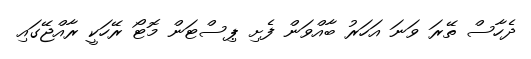
ދެހާސް ތޭރަ ވަނަ އަހަރު ބާއްވަން ފެށި ޕިސްޓަން މޮޓޯ ރޭހަކީ ރާއްޖޭގައި